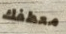
معطفك